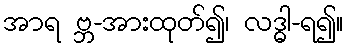
အာရ ဗ္ဘ-အားထုတ်၍၊ လဒ္ဓါ-ရ၍။